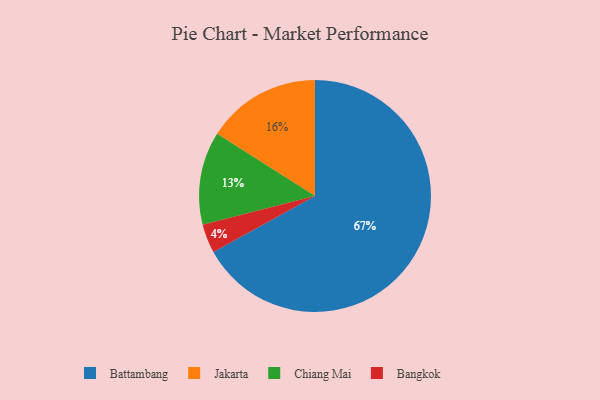
{"axis": {"x": "Category", "y": "Percentage"}, "legend": ["Bangkok", "Battambang", "Chiang Mai", "Jakarta"], "data": [{"x": "Battambang", "y": 67, "type": "Battambang"}, {"x": "Jakarta", "y": 16, "type": "Jakarta"}, {"x": "Bangkok", "y": 4, "type": "Bangkok"}, {"x": "Chiang Mai", "y": 13, "type": "Chiang Mai"}]}